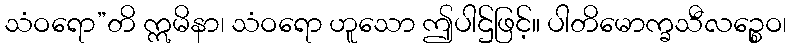
သံဝရော”တိ ဣမိနာ၊ သံဝရော ဟူသော ဤပါဌ်ဖြင့်။ ပါတိမောက္ခသီလဉ္စေဝ၊